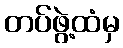
တပ်ဖွဲ့ထံမှ